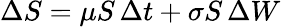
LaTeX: \Delta S=\mu S\, \Delta t+\sigma S\, \Delta W